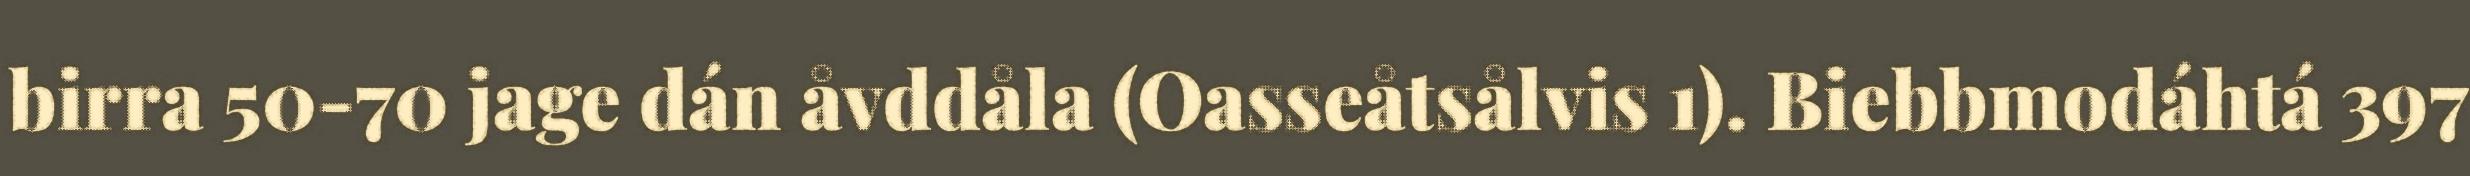
birra 50-70 jage dán åvddåla (Oasseåtsålvis 1). Biebbmodáhtá 397